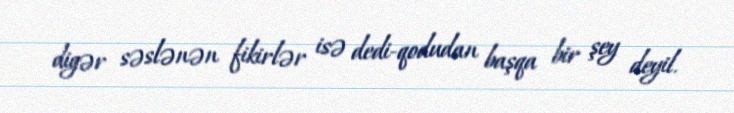
digər səslənən fikirlər isə dedi-qodudan başqa bir şey deyil.